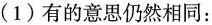
（1）有的意思仍然相同：